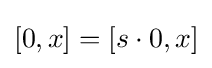
[0,x]=[s\cdot 0,x]